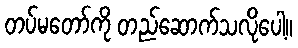
တပ်မတော်ကို တည်ဆောက်သလိုပေါ့။